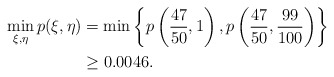
\begin{align*} \min_{\xi, \eta} p(\xi, \eta)& = \min\left\{p\left(\frac{47}{50}, 1\right), p\left(\frac{47}{50}, \frac{99}{100}\right)\right\}\\ &\ge 0.0046.\end{align*}